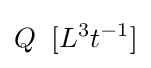
Q\;\;[L^{3}t^{-1}]